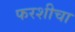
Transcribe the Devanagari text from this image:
फरशीचा